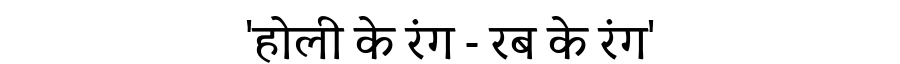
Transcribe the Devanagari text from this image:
'होली के रंग - रब के रंग'